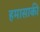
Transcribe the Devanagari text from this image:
हमासाकी